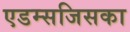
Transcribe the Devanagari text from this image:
एडम्सजिसका